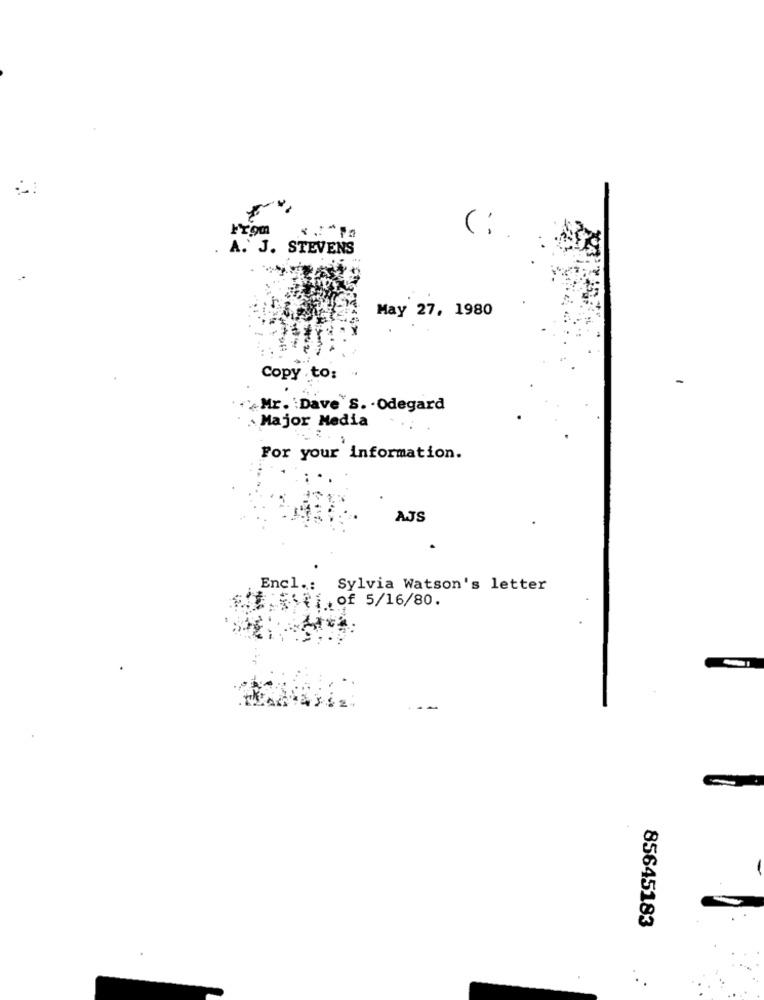
From
(:
A. J. STEVENS
May 27, 1980
Copy . to:
Mr. Dave S. . Odegard
Major Media
For your information.
AJS
Encl .:
Sylvia Watson's letter
Biof 5/16/80.
85645183